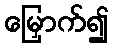
မြှောက်၍